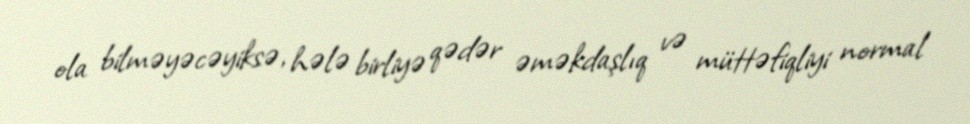
ola bilməyəcəyiksə, hələ birliyə qədər əməkdaşlıq və müttəfiqliyi normal